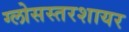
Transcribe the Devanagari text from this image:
ग्लोसस्तरशायर